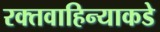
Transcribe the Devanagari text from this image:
रक्तवाहिन्याकडे